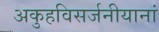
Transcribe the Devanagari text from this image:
अकुहविसर्जनीयानां